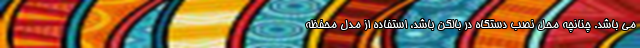
می باشد. چنانچه محل نصب دستگاه در بالکن باشد، استفاده از مدل محفظه